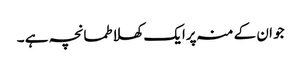
جو ان کے منہ پرایک کھلا طمانچہ ہے ۔